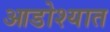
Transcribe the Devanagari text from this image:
आडोश्यात